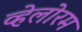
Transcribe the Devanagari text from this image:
व्हेलोरम